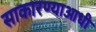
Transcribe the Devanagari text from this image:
साकारण्याआधी